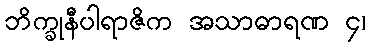
ဘိက္ခုနီပါရာဇိက အသာဓာရဏ ၄၊